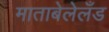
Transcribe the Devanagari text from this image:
माताबेलेलँड